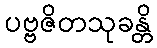
ပဗ္ဗဇိတသုခန္တိ